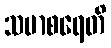
သမာစရေတိ